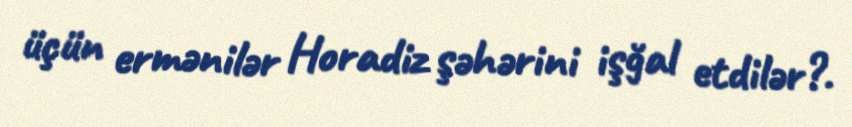
üçün ermənilər Horadiz şəhərini işğal etdilər?.